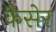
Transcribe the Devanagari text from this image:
कैसेर